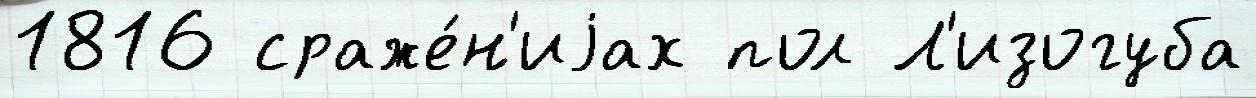
1816 сраже́н'иjах пол Л'изогуба